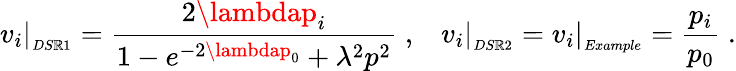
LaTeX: v_{i}\vert_{_{DS\mathbb{R}1}}=\frac{{2\lambdap_{i}}}{{1-e^{-2\lambdap_{0}}+\lambda^{2}p^{2}}}\; ,\; \; \; v_{i}\vert_{_{DS\mathbb{R}2}}=v_{i}\vert_{_{Example}}=\frac{{p_{i}}}{{p_{0}}}\; .